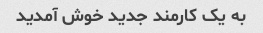
به یک کارمند جدید خوش آمدید